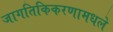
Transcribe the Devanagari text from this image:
जागतिकिकरणामधले